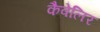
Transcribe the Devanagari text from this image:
कैवेलिर